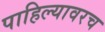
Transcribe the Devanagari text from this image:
पाहिल्यावरच